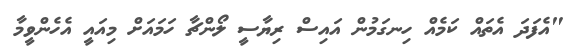
"އެފަދަ އެތައް ކަމެއް ހިނގަމުން އައިސް ރިޔާސީ ލޯންޗާ ހަމައަށް މިއައީ އެހެންވީމާ